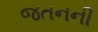
જતનની